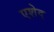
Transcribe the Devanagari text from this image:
एशेद